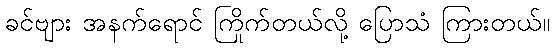
ခင်ဗျား အနက်ရောင် ကြိုက်တယ်လို့ ပြောသံ ကြားတယ်။